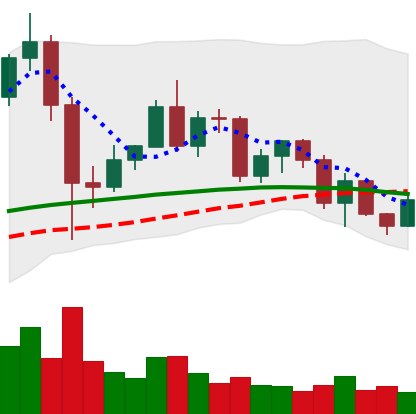
Ticker: LINK-USD
Chart end date: 2020-12-12
Forward return: 10.304%
Label: up_7plus